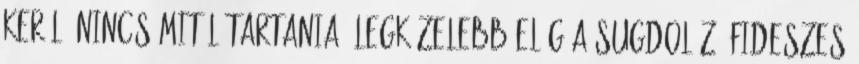
kerül, nincs mitől tartania. Legközelebb elég a sugdolózó fideszes